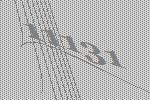
11131